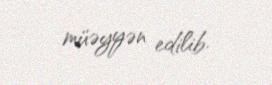
müəyyən edilib.